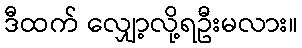
ဒီထက် လျှော့လို့ရဦးမလား။